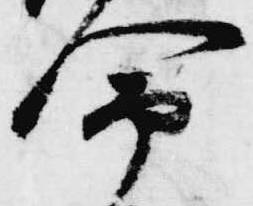
命